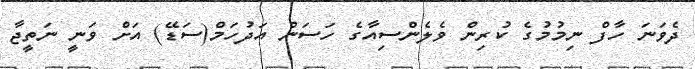
ދެވަނަ ހާފް ނިމުމުގެ ކުރިން ވެލެންސިއާގެ ހަސަން އަދުހަމް(ސަޑޭ) އަށް ވަނީ ނަތީޖާ